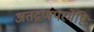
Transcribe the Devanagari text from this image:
अतद्गणपरमेष्टिः